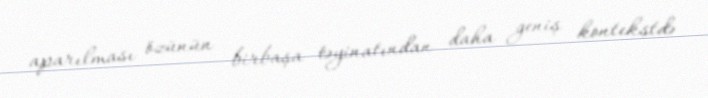
aparılması özünün birbaşa təyinatından daha geniş kontekstdə